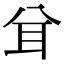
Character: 𦔯